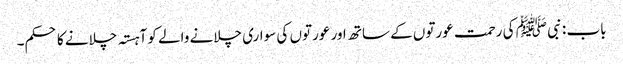
باب : نبی ﷺ کی رحمت عورتوں کے ساتھ اور عورتوں کی سواری چلانے والے کو آہستہ چلانے کا حکم۔